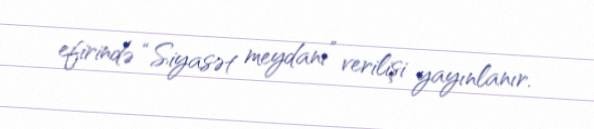
efirində “Siyasət meydanı” verilişi yayınlanır.